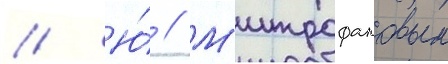
// Ю́ // М'итрофановым